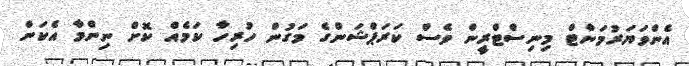
އެންވަޔަރުމަންޓް މިނިސްޓްރީން ވެސް ކަރަޕްޝަންގެ މަގުން ހުރިހާ ކަމެއް ކޮށް ނިންމާ އެކަން